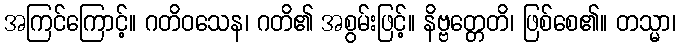
အကြင်ကြောင့်။ ဂတိဝသေန၊ ဂတိ၏ အစွမ်းဖြင့်။ နိဗ္ဗတ္တေတိ၊ ဖြစ်စေ၏။ တသ္မာ၊